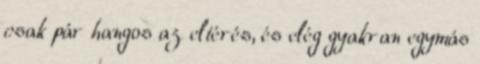
csak pár hangos az eltérés, és elég gyakran egymás